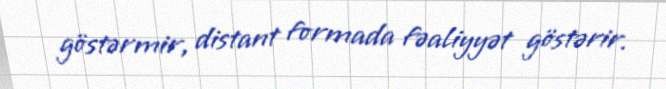
göstərmir, distant formada fəaliyyət göstərir.